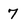
Character: 7